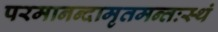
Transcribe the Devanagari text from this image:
परमानन्दामृतमन्तःस्थं